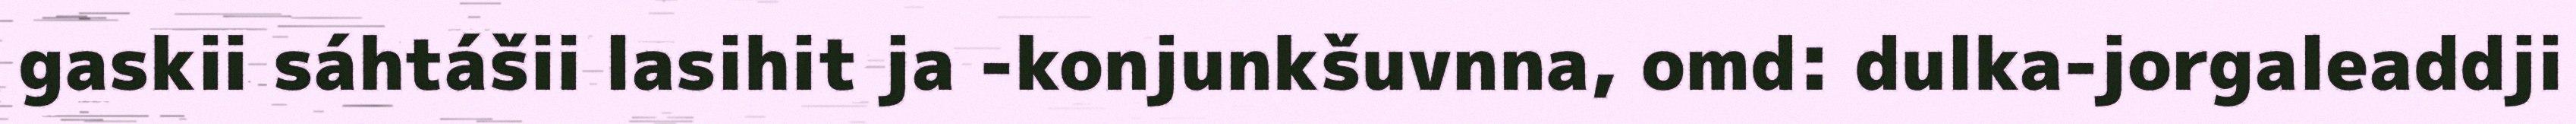
gaskii sáhtášii lasihit ja -konjunkšuvnna, omd: dulka-jorgaleaddji